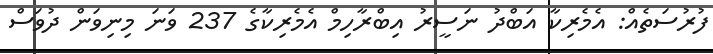
ފުރުސަތެއް: އެމެރިކާ އަބްދު ނަސީރު އިބްރާހިމް އެމެރިކާގެ 237 ވަނަ މިނިވަން ދުވަސް